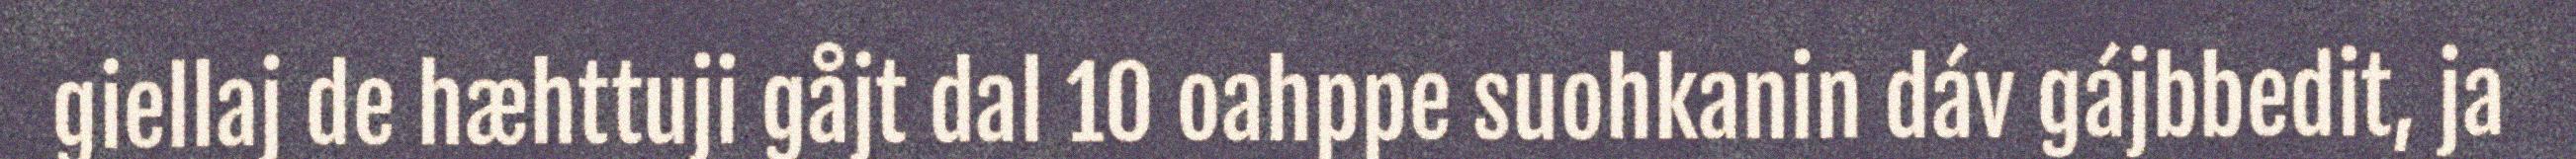
giellaj de hæhttuji gåjt dal 10 oahppe suohkanin dáv gájbbedit, ja